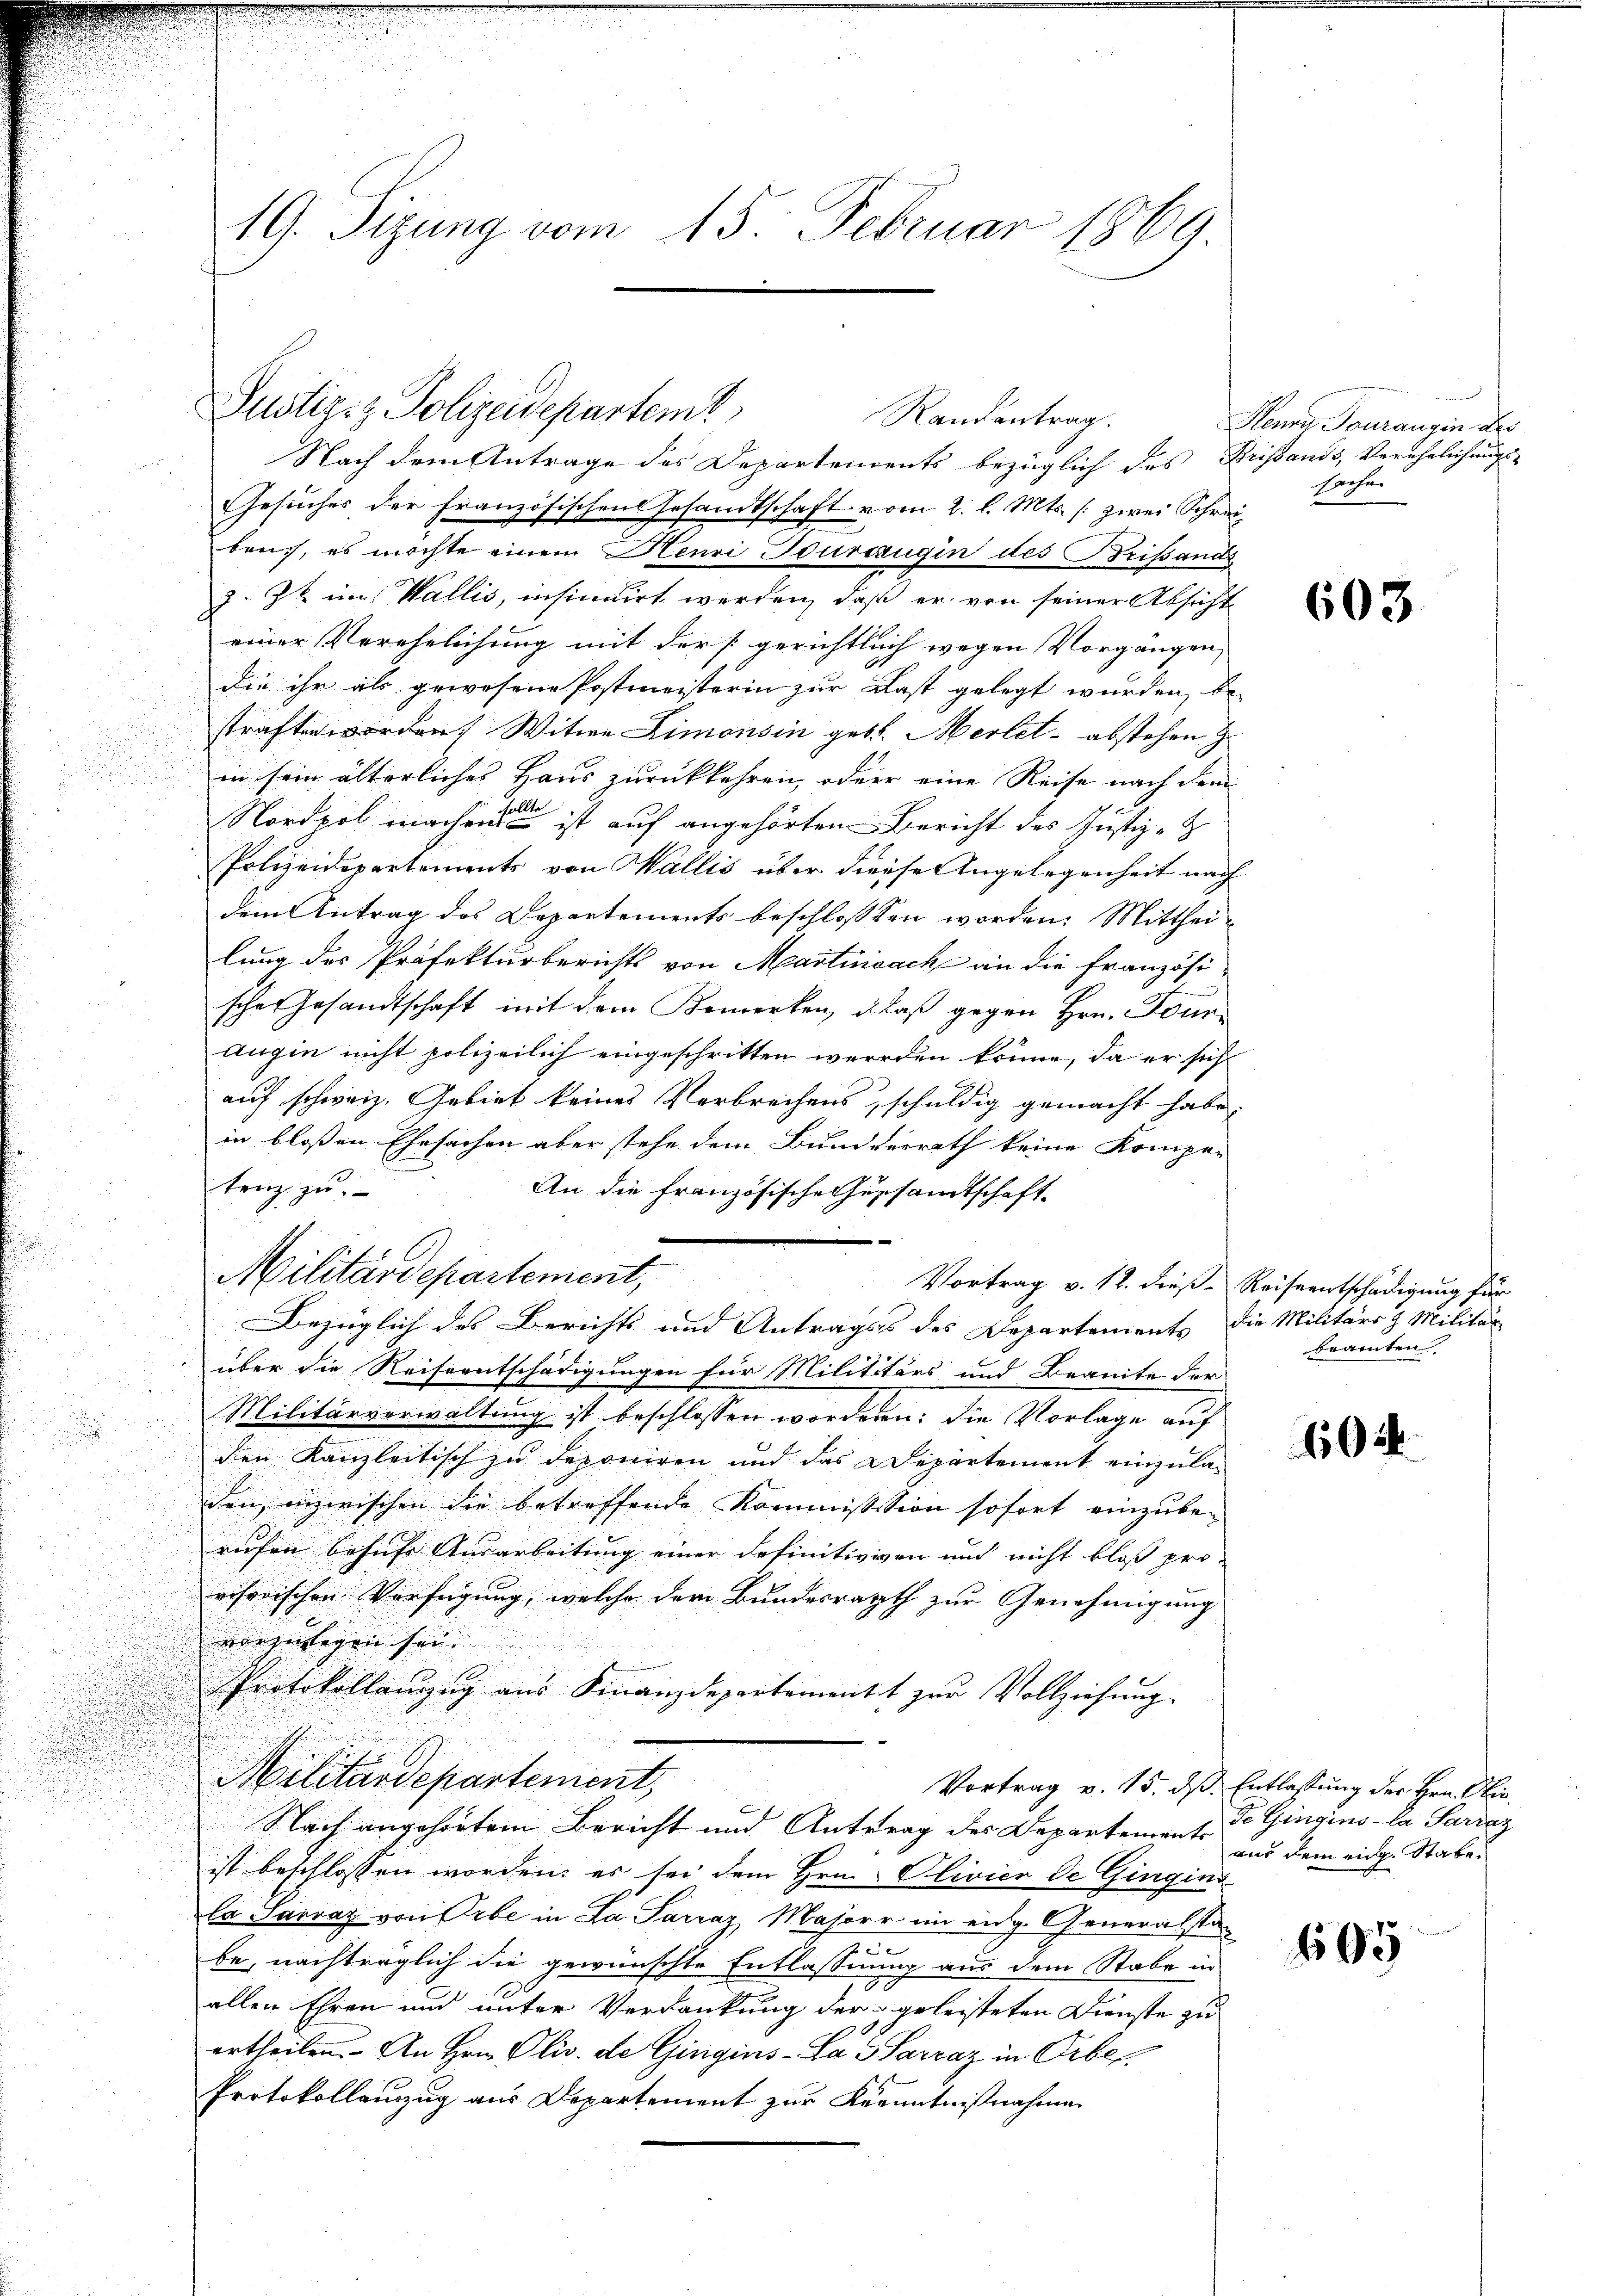
19. Sizung vom 15. Februar 1869.

Justiziz Polizeidepartemt

Nach dem Antrage des Departements bezüglich des Bristande, Verehelichungs-
Gesuches der Französischen Gesandtschaft vom 2. l. Mts. (zwei Schreibruch, es möchte einem Heuri Tourcaugin des Brissands
z. Zt. im Wallis, insinuirt werden, daß er von seiner Absicht
einer Verehelichung mit der [gerichtlich wegen Vorgängen,
die ihr als gewesene Postmeisterin zur Last gelegt wurden, be
straften worden Witwe Limonsin geb. Merlet abstehen zu

in sein älterliches Haus zurückkehren, oder eine Reise nach dem
Nordpol machen ist auf angehörten Bericht des Justiz-
Polizeidepartements von Wallis über diese Angelegenheit nach
dem Antrag des Departements beschlossen worden. Mittheilung des Präfekturberichts von Martiisack an die Französischer Gesandtschaft mit dem Bemerken, daß gegen Hrn. Sonn¬
Augin nicht polizeilich eingeschritten werden könne, da er sich
auf schweiz. Gebiet keines Verbrechens, schuldig gemacht habe,
in bloßen Ehesachen aber stehe dem Bundverrath keine Kompe-
u
trag zu
An die Französische Gersandtschaft-
d
e
Militärdepartement,
Vortrag v. 12. dieß Reiseentschädigung für
Bezüglich des Berichts und Antrages des Departements die Militärs & Militär-
über die Reiseentschädigungen für Milititärs und Beante der
Militärverwaltung ist beschlossen wordern: die Vorlage auf

den Kanzleitisch zu deponiren und das Departement einzula¬
u
.
den, inzwischen die betreffende Kommissition sofort einzube-
ruhen besuche Ausarbeitung einer definitiven und nicht bloss pro-
visorischen Verfügung, welche der Bundesrath zur Genehmigung
vorgelegen sei. |
Protokollanzug aus Finanzdepartements zur Vollziehung.
.
Militärdepartement,
Vortrag v. 15. ds Entlassung der Hrn. Ober¬
.
Nach angehörtem Bericht und Antrag des Departements
ist beschlossen worden, es sei dem Hrn. Olivico de Gingina
Ca Sarvaz von Erbe in La Parraz, Majorr im eidg. Generalsta-
be, nachträglich die gewünschte Entlassung aus dem Stabe in
allen Ehren und unter Verdankung der geleisteten Dienste zu
ertheilen. An Hrn. Oliv. de Gingins-La-Sarraz in Orbe
Protokollenzug aus Departement zur Kenntnisnahme

Randantrag.

Henna Tourangin des
sarcher

603

beamten

02.

de Gingins-La Parrag
aus dem eidg. Stabe.

695